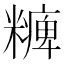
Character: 𥽅